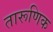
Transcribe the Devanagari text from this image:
तारूणिक